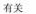
有关